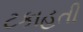
ટકાહતી